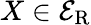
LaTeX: X\in\mathcal{E}_{\mathrm{R}}